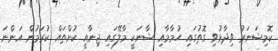
ކޮމިޝަނަރު ވިދާޅުވި ގޮތުގައި ހުމާމާއި ޝާނަކީ މާލޭގައި ޖިނާއީ ކުށްތައް ކުރަމުން އަންނަ